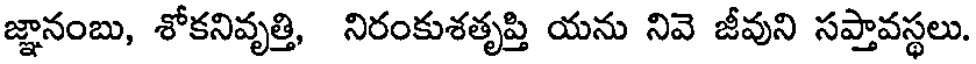
జ్ఞానంబు, శోకనివృత్తి, నిరంకుశతృప్తి యను నివె జీవుని సప్తావస్థలు.